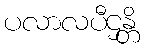
ပလာလပီဌန္တိ